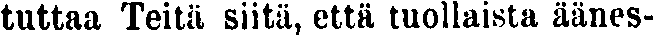
tuttaa Teitä siitä, että tuollaista äänes-